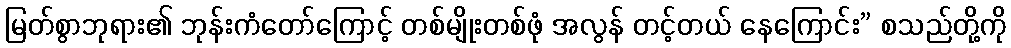
မြတ်စွာဘုရား၏ ဘုန်းကံတော်ကြောင့် တစ်မျိုးတစ်ဖုံ အလွန် တင့်တယ် နေကြောင်း” စသည်တို့ကို